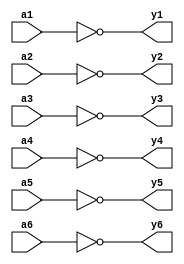
`timescale 1ns / 1ps
/////////////////////////////////////////////////////////////////
// Module Name: six_not_gate
// Description: Six NOT gate with DELAY configuration parameter
// Parameters: DELAY
/////////////////////////////////////////////////////////////////

module six_not_gate #(parameter DELAY = 10)(
    input wire a1,a2,a3,a4,a5,a6,
    output wire y1,y2,y3,y4,y5,y6
    );
    
    not #DELAY (y1,a1);
    not #DELAY (y2,a2);
    not #DELAY (y3,a3);
    not #DELAY (y4,a4);
    not #DELAY (y5,a5);
    not #DELAY (y6,a6);
    
endmodule